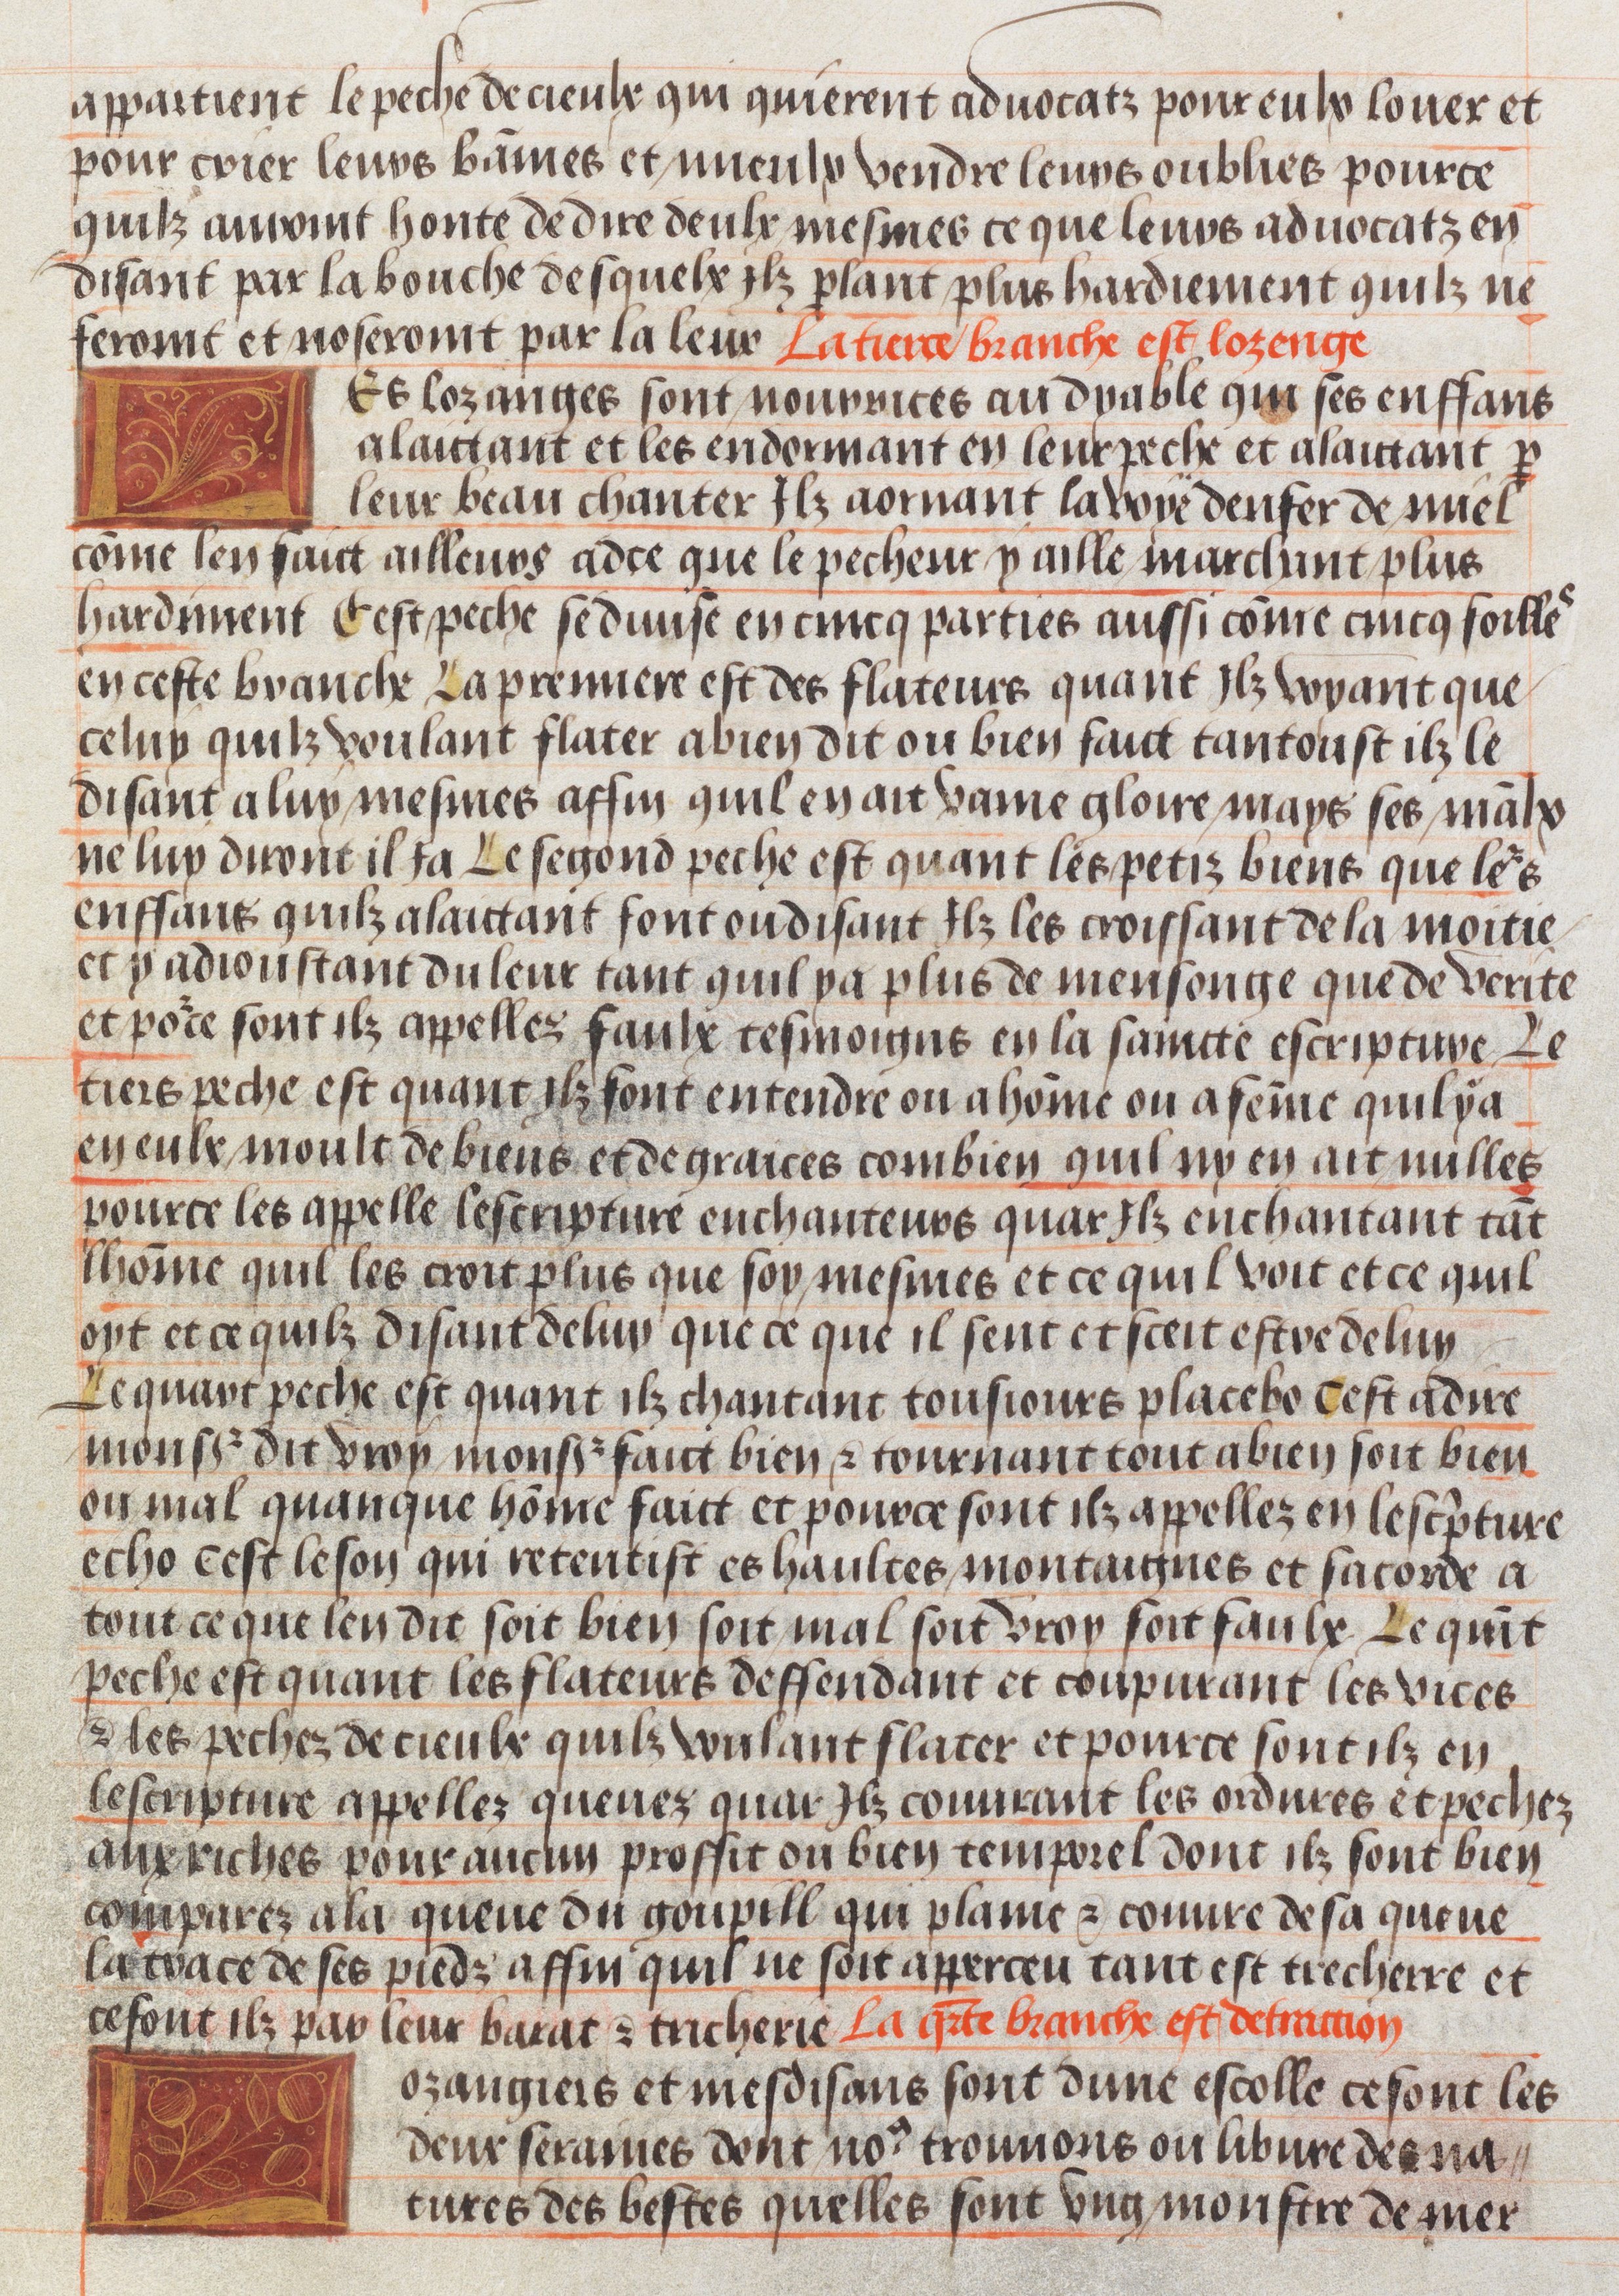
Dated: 1450–1475